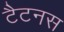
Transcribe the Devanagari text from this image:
टैटनस